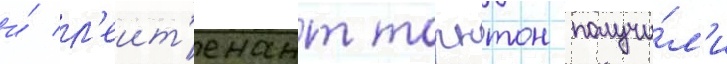
и́ л'еит'енант торнтон получи́л'и